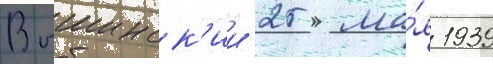
Вышинск'ии 25 ма́я 1939